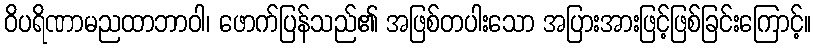
ဝိပရိဏာမညထာဘာဝါ၊ ဖောက်ပြန်သည်၏ အဖြစ်တပါးသော အပြားအားဖြင့်ဖြစ်ခြင်းကြောင့်။